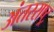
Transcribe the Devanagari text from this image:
अंतरराष्ट्र